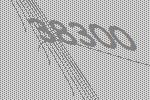
38300